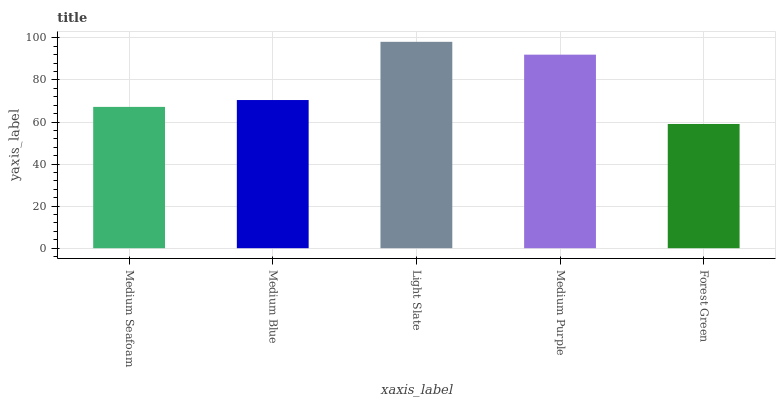
| xaxis_label | bars |
 | --- | --- |
 | Medium Seafoam | 67.2 |
 | Medium Blue | 70.4 |
 | Light Slate | 98.1 |
 | Medium Purple | 92 |
 | Forest Green | 59.1 |